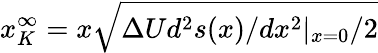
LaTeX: x_{K}^{\infty}=x\sqrt{\Delta Ud^{2}s(x)/dx^{2}|_{x=0}/2}